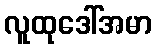
လူထုဒေါ်အမာ